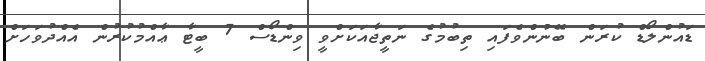
ޑައުންލޯޑް ކުރަން ބޭނުންވެފައި ތިބުމުގެ ނަތީޖާއަކަށްވީ ވިންޑޯސް 7 ބީޓާ ޢާއްމުކުރުން އެއްދުވަހަށް